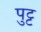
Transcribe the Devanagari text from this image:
पुट्ट